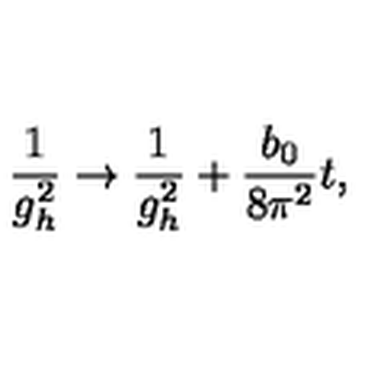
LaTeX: \frac { 1 } { g _ { h } ^ { 2 } } \rightarrow \frac { 1 } { g _ { h } ^ { 2 } } + \frac { b _ { 0 } } { 8 \pi ^ { 2 } } t ,